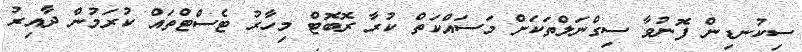
ސިކުނޑިން ފޮނުވާ ސިގްނަލްތަކަށް މަސައްކަތް ކުރާ ރޮބޮޓް މިހާރު ޓެސްޓްތައް ކުރަމުން ދާއިރު